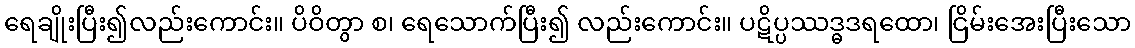
ရေချိုးပြီး၍လည်းကောင်း။ ပိဝိတွာ စ၊ ရေသောက်ပြီး၍ လည်းကောင်း။ ပဋိပ္ပဿဒ္ဓဒရထော၊ ငြိမ်းအေးပြီးသော